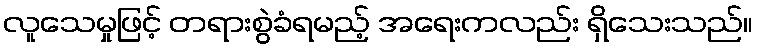
လူသေမှုဖြင့် တရားစွဲခံရမည့် အရေးကလည်း ရှိသေးသည်။